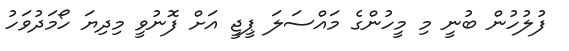
ފުލުހުން ބުނީ މި މީހުންގެ މައްސަލަ ޕީޖީ އަށް ފޮނުވީ މިދިޔަ ހޯމަދުވަހު